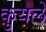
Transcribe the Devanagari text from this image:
कुयले